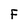
Character: F